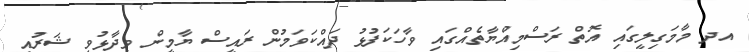
އދ މާމަގިލީގައި އޮތް ރަސްމިއްޔާތެއްގައި ވާހަކަފުޅު ދައްކަވަމުން ރައީސް ޔާމީން ވިދާޅުވީ ޝަރުއީ